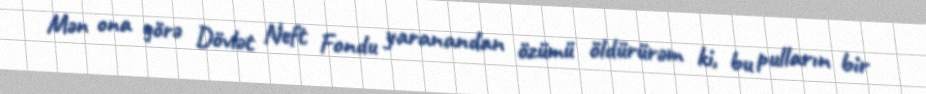
Mən ona görə Dövlət Neft Fondu yaranandan özümü öldürürəm ki, bu pulların bir